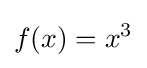
f(x)=x^{3}